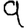
Digit: 9